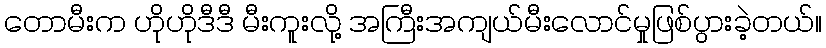
တောမီးက ဟိုဟိုဒီဒီ မီးကူးလို့ အကြီးအကျယ်မီးလောင်မှုဖြစ်ပွားခဲ့တယ်။